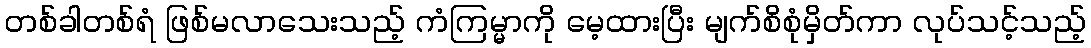
တစ်ခါတစ်ရံ ဖြစ်မလာသေးသည့် ကံကြမ္မာကို မေ့ထားပြီး မျက်စိစုံမှိတ်ကာ လုပ်သင့်သည့်